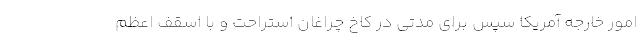
امور خارجه آمریکا سپس برای مدتی در کاخ چراغان استراحت و با اسقف اعظم